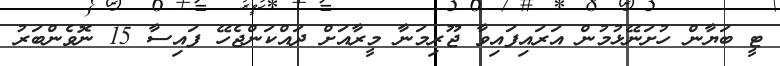
ޓީ ބަޔާން ހުށަނޭޅުމުން އަރައިފައިވާ ޖޫރިމަނާ މީރާއަށް ދައްކަންޖެހޭ ފައިސާ 15 ނޮވެންބަރު